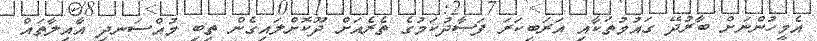
އެމީހުންނަށް ބާރުދޭ ގައުމުތަކާއި އަރަބިކަރަ ފަސާދުކަމުގެ ތެރެއަށް ދޫކޮށްލައިގެން ތިބި މުއްސަނދި އާއިލާތައް